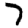
Digit: 7